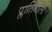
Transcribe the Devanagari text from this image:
प्लातिनीला